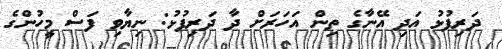
ދަރިފުޅު އަދި އޭނާގެ ތިން އަހަރަށް ދާ ދަރިފުޅު: ނިޔާވި ފަސް މީހުންގެ